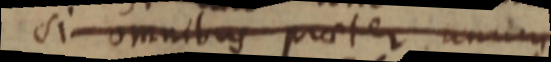
si omnibus praeter unum